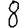
Digit: 8